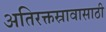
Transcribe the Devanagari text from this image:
अतिरक्तस्रावासाठी